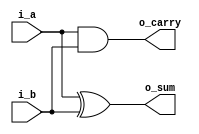
module pes_half_adder(
	               i_a	                  ,//input
	               i_b	   	            ,//input 
               	o_sum	   	            ,//output
	               o_carry                  //output
                  )                       ;

//Port declaration

input  i_a	                              ;//input declaration
input  i_b	                              ;//input declaration
output o_sum	                           ;//output declaration
output o_carry	                           ;//output declaration
  
//sum and carry expression for half adder

assign o_sum   =  i_a ^ i_b               ;//xor operation
assign o_carry =  i_a & i_b               ;//and operation
  
endmodule